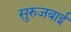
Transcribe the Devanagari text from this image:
सुरुजबाई